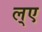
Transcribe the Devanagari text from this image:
ल्ए